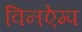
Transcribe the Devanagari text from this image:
विनऐम्प